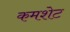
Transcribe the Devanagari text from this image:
कमशेट